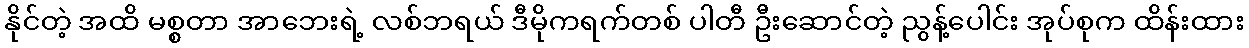
နိုင်တဲ့ အထိ မစ္စတာ အာဘေးရဲ့ လစ်ဘရယ် ဒီမိုကရက်တစ် ပါတီ ဦးဆောင်တဲ့ ညွန့်ပေါင်း အုပ်စုက ထိန်းထား